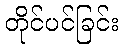
တိုင်ပင်ခြင်း